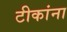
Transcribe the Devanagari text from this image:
टीकांना